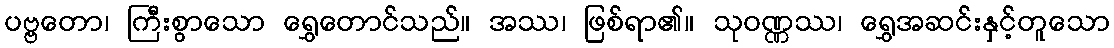
ပဗ္ဗတော၊ ကြီးစွာသော ရွှေတောင်သည်။ အဿ၊ ဖြစ်ရာ၏။ သုဝဏ္ဏဿ၊ ရွှေအဆင်းနှင့်တူသော